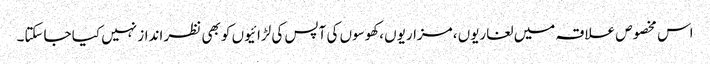
اس مخصوص علاقہ میں لغاریوں ،مزاریوں ،کھوسوں کی آپس کی لڑائیوں کو بھی نظر انداز نہیں کیا جاسکتا۔